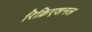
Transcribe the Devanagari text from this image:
रिक्रिएशनल